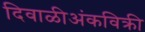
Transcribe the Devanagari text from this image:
दिवाळीअंकविक्री